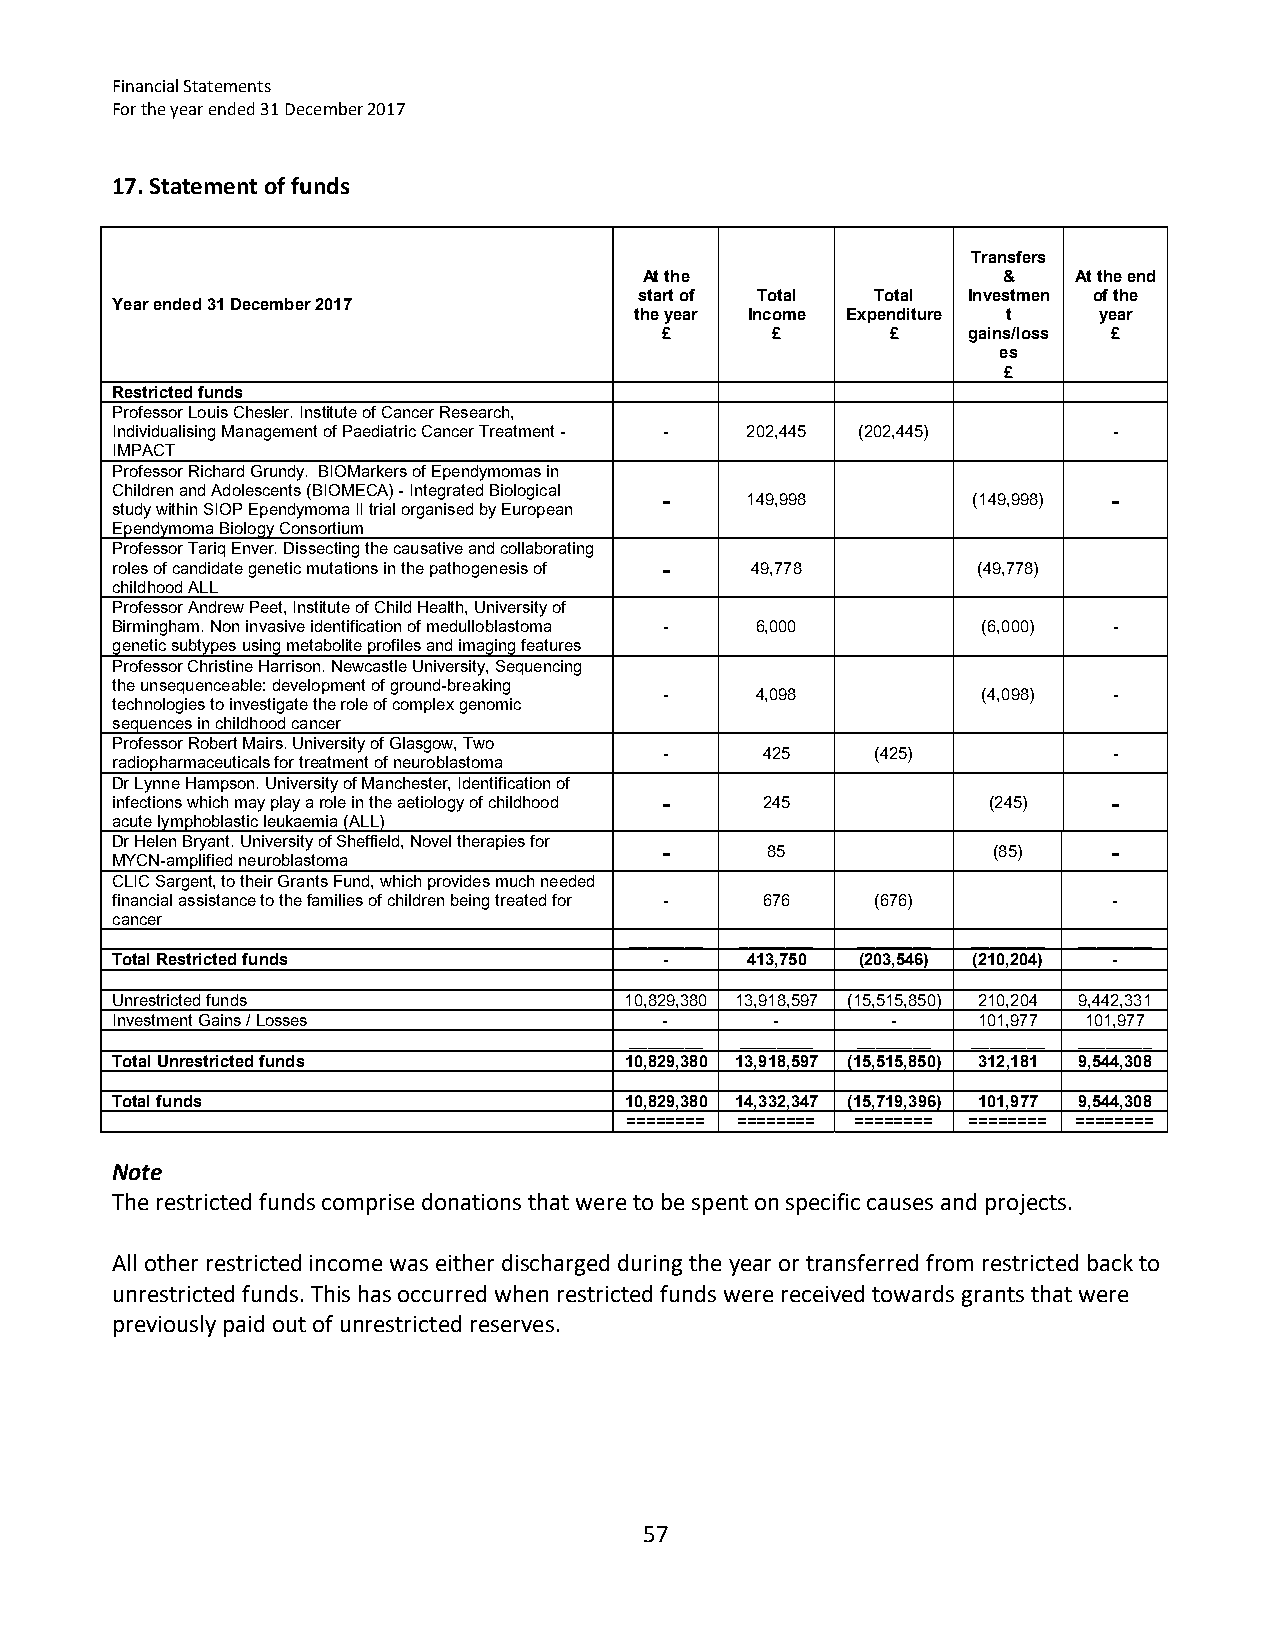
Financial Statements
 For the year ended 31 December 2017
 17. Statement of funds
 Transfers
 At the                 &    At the end
 start of Total  Total Investmen of the
 Year ended 31 December 2017
 the year Income Expenditure t  year
 £      £       £    gains/loss £
 es
 £
 Restricted funds
 Professor Louis Chesler. Institute of Cancer Research,
 Individualising Management of Paediatric Cancer Treatment - - 202,445 (202,445) -
 IMPACT
 Professor Richard Grundy. BIOMarkers of Ependymomas in
 Children and Adolescents (BIOMECA) - Integrated Biological - 149,998 (149,998) -
 study within SIOP Ependymoma II trial organised by European
 Ependymoma Biology Consortium
 Professor Tariq Enver. Dissecting the causative and collaborating
 roles of candidate genetic mutations in the pathogenesis of - 49,778 (49,778)
 childhood ALL
 Professor Andrew Peet, Institute of Child Health, University of
 Birmingham. Non invasive identification of medulloblastoma - 6,000 (6,000) -
 genetic subtypes using metabolite profiles and imaging features
 Professor Christine Harrison. Newcastle University, Sequencing
 the unsequenceable: development of ground-breaking
 -     4,098          (4,098)  -
 technologies to investigate the role of complex genomic
 sequences in childhood cancer
 Professor Robert Mairs. University of Glasgow, Two
 -     425     (425)           -
 radiopharmaceuticals for treatment of neuroblastoma
 Dr Lynne Hampson. University of Manchester, Identification of
 infections which may play a role in the aetiology of childhood - 245 (245) -
 acute lymphoblastic leukaemia (ALL)
 Dr Helen Bryant. University of Sheffield, Novel therapies for - 85 (85) -
 MYCN-amplified neuroblastoma
 CLIC Sargent, to their Grants Fund, which provides much needed
 financial assistance to the families of children being treated for - 676 (676) -
 cancer
 ________ ________ ________ ________ ________
 Total Restricted funds               -    413,750 (203,546) (210,204) -
 Unrestricted funds                10,829,380 13,918,597 (15,515,850) 210,204 9,442,331
 Investment Gains / Losses            -      -       -     101,977 101,977
 ________ ________ ________ ________ ________
 Total Unrestricted funds          10,829,380 13,918,597 (15,515,850) 312,181 9,544,308
 Total funds                       10,829,380 14,332,347 (15,719,396) 101,977 9,544,308
 ======== ======== ======== ======== ========
 Note
 The restricted funds comprise donations that were to be spent on specific causes and projects.
 All other restricted income was either discharged during the year or transferred from restricted back to
 unrestricted funds. This has occurred when restricted funds were received towards grants that were
 previously paid out of unrestricted reserves.
 57